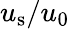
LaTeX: u_{\mathrm{s}}/u_{0}